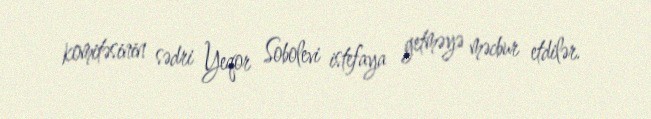
komitəsinin sədri Yeqor Sobolevi istefaya getməyə məcbur etdilər.